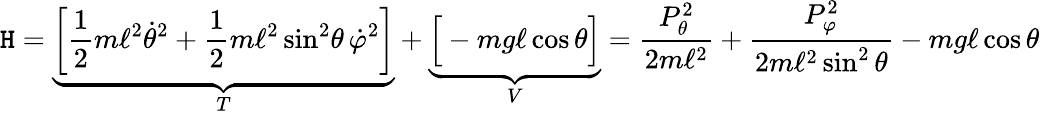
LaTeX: \mathtt{H}=\underbrace{{\left[{\frac{{1}}{{2}}}m\ell^{2}{\dot{{\theta}}}^{2}+{\frac{{1}}{{2}}}m\ell^{2}\sin^{2}\! \theta\, {\dot{{\varphi}}}^{2}\right]}}_{T}+\underbrace{{{\Big[}-mg\ell\cos\theta{\Big]}}}_{V}={\frac{{P_{\theta}^{2}}}{{2m\ell^{2}}}}+{\frac{{P_{\varphi}^{2}}}{{2m\ell^{2}\sin^{2}\theta}}}-mg\ell\cos\theta